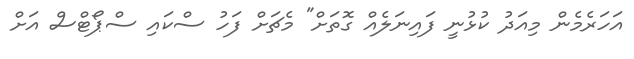
އަހަރެމެން މިއަދު ކުޅުނީ ފައިނަލެއް ގޮތަށް" މެޗަށް ފަހު ސްކައި ސްޕޯޓްސް އަށް